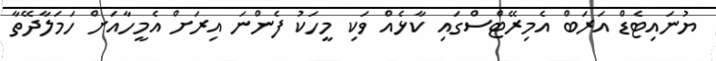
ޔުނައިޓެޑް އަރަބް އެމިރޭޓްސްގައި ކާޅެއް ވަކި މީހަކު ފެންނަ އިރަށް އެމީހާއަށް ހަމަލާދޭތާ